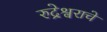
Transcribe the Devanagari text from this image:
रुद्रेश्वराचे